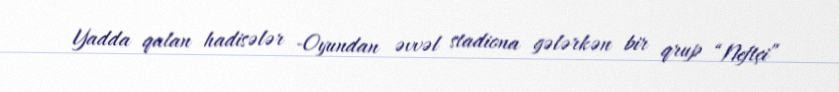
Yadda qalan hadisələr -Oyundan əvvəl stadiona gələrkən bir qrup “Neftçi”